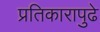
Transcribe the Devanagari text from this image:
प्रतिकारापुढे